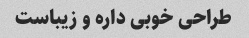
طراحی خوبی داره و زیباست